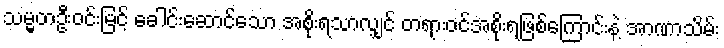
သမ္မတဦးဝင်းမြင့် ခေါင်းဆောင်သော အစိုးရသာလျှင် တရားဝင်အစိုးရဖြစ်ကြောင်းနဲ့ အာဏာသိမ်း